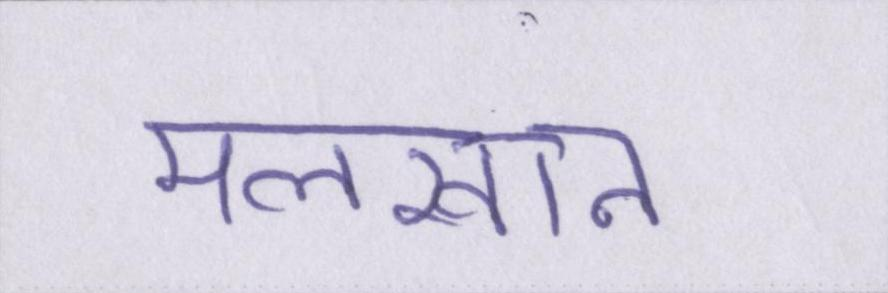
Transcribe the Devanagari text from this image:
मलखान